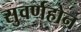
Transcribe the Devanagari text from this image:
सुवर्णहोन